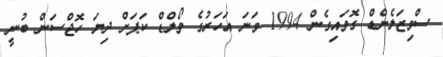
ސްވިޒަލެންޑް ގޮވައިގެން 1994 ވަނަ އަހަރުގެ ވޯލްޑް ކަޕަށް ދިޔަ ހޮޖްސަން ބުނީ